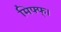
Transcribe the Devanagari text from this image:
मिफ्फ्।